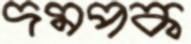
দমপক